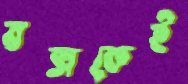
বক্সকেই